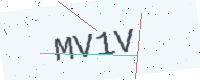
Text: MV1V